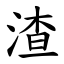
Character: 渣